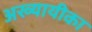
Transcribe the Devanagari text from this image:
अख्यायीका